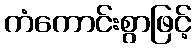
ကံကောင်းစွာဖြင့်